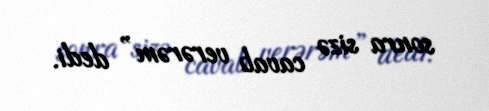
sonra sizə cavab verərəm” dedi.